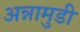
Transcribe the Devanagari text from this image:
अन्नामुडी